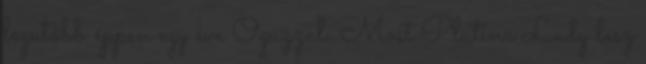
legutóbb éppen egy éve Oguzzal. Most Platina Lady lesz